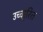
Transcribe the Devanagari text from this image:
उच्चा्रित